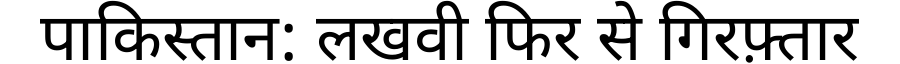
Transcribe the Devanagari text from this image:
पाकिस्तान: लखवी फिर से गिरफ़्तार